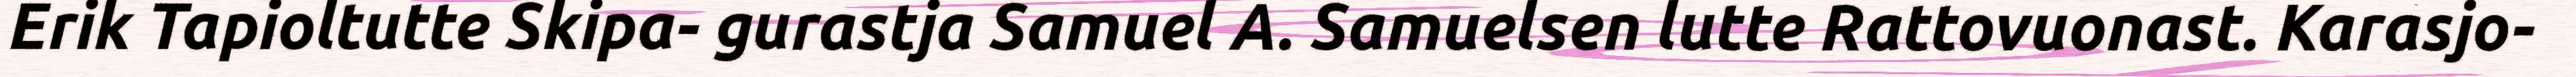
Erik Tapioltutte Skipa- gurastja Samuel A. Samuelsen lutte Rattovuonast. Karasjo-